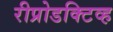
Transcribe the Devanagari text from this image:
रीप्रोडक्टिव्ह